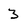
Character: 3